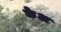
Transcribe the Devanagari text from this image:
केअ